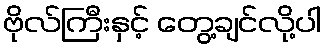
ဗိုလ်ကြီးနှင့် တွေ့ချင်လို့ပါ